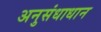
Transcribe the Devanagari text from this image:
अनुसंधाधान